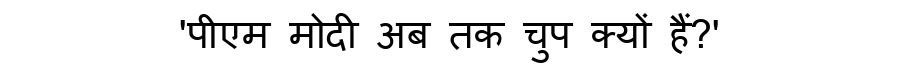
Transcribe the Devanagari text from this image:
'पीएम मोदी अब तक चुप क्यों हैं?'